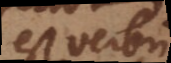
Cum verbum